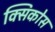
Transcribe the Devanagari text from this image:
क्सिकोस